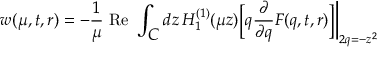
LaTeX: w ( \mu , t , r ) = - \frac { 1 } { \mu } \mathrm { ~ R e ~ } \int _ { \textstyle { \cal C } } d z \, H _ { 1 } ^ { ( 1 ) } ( \mu z ) \Bigl [ q \frac { \partial } { \partial q } F ( q , t , r ) \Bigr ] \biggl | _ { 2 q = - z ^ { 2 } }